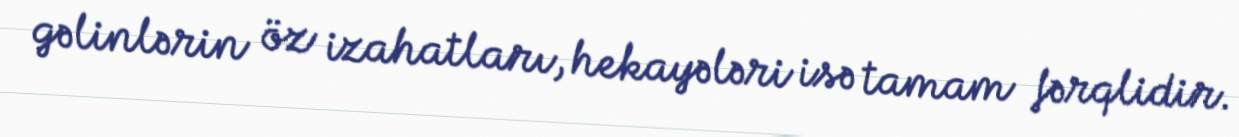
gəlinlərin öz izahatları, hekayələri isə tamam fərqlidir.